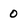
Character: 0